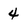
Character: 4